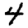
Digit: 4